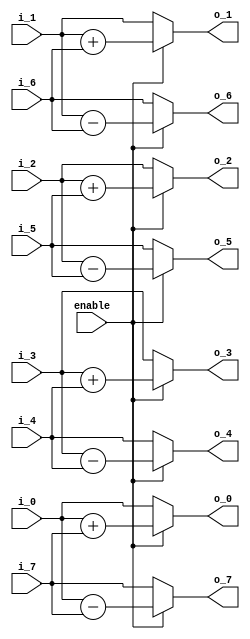
module butterfly3_8(
             enable,
                i_0,
                i_1,
                i_2,
                i_3,
                i_4,
                i_5,
                i_6,
                i_7,
                
                o_0,
                o_1,
                o_2,
                o_3,
                o_4,
                o_5,
                o_6,
                o_7
);

// ****************************************************************
//
//	INPUT / OUTPUT DECLARATION
//
// ****************************************************************                

input             enable;
input signed  [27:0] i_0;
input signed  [27:0] i_1;
input signed  [27:0] i_2;
input signed  [27:0] i_3;
input signed  [27:0] i_4;
input signed  [27:0] i_5;
input signed  [27:0] i_6;
input signed  [27:0] i_7;

output signed [27:0] o_0;
output signed [27:0] o_1;
output signed [27:0] o_2;
output signed [27:0] o_3;
output signed [27:0] o_4;
output signed [27:0] o_5;
output signed [27:0] o_6;
output signed [27:0] o_7;

// ****************************************************************
//
//	WIRE DECLARATION
//
// ****************************************************************

wire  signed [27:0]   b_0;
wire  signed [27:0]   b_1;
wire  signed [27:0]   b_2;
wire  signed [27:0]   b_3;
wire  signed [27:0]   b_4;
wire  signed [27:0]   b_5;
wire  signed [27:0]   b_6;
wire  signed [27:0]   b_7;

// ********************************************
//                                             
//    Combinational Logic                      
//                                             
// ********************************************

assign b_0=i_0+i_7;
assign b_1=i_1+i_6;
assign b_2=i_2+i_5;
assign b_3=i_3+i_4;
assign b_4=i_3-i_4;               
assign b_5=i_2-i_5;
assign b_6=i_1-i_6;               
assign b_7=i_0-i_7;

assign o_0=enable?b_0:i_0;
assign o_1=enable?b_1:i_1;
assign o_2=enable?b_2:i_2;
assign o_3=enable?b_3:i_3;
assign o_4=enable?b_4:i_4;
assign o_5=enable?b_5:i_5;
assign o_6=enable?b_6:i_6;
assign o_7=enable?b_7:i_7;


endmodule